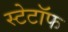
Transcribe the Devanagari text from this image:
स्टेटॉफ